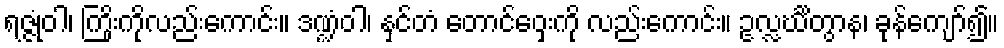
ရဇ္ဇုံဝါ၊ ကြိုးကိုလည်းကောင်း။ ဒဏ္ဍံဝါ၊ နှင်တံ တောင်ဝှေးကို လည်းကောင်း။ ဥလ္လင်္ဃိတွာန၊ ခုန်ကျော်၍။